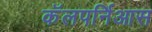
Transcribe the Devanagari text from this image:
कॅलपर्निआस